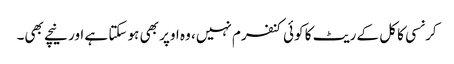
کرنسی کا کل کے ریٹ کا کوئی کنفرم نہیں، وہ اوپر بھی ہو سکتا ہے اور نیچے بھی۔